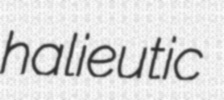
halieutic